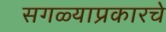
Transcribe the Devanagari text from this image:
सगळ्याप्रकारचे